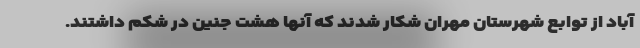
آباد از توابع شهرستان مهران شکار شدند که آنها هشت جنین در شکم داشتند.